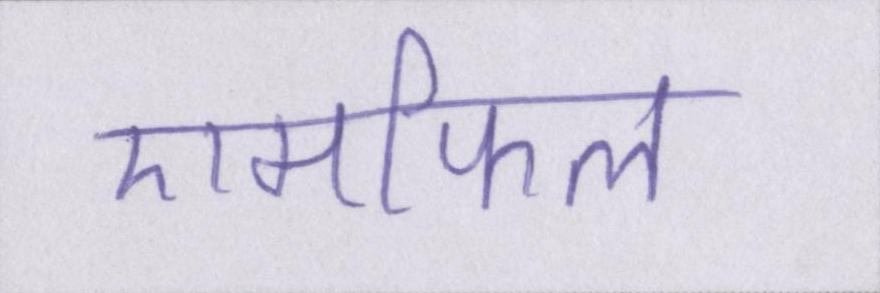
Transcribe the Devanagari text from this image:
एमफिल